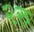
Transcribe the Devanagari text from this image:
२रु